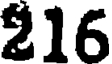
216